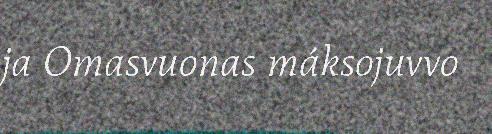
ja Omasvuonas máksojuvvo